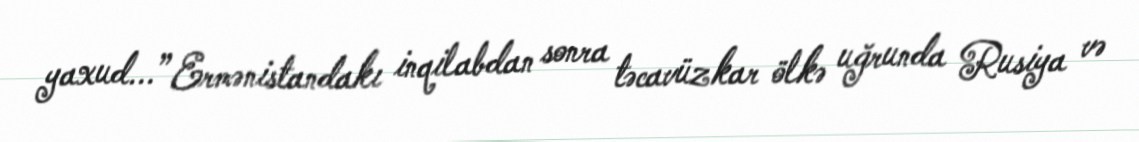
yaxud...” Ermənistandakı inqilabdan sonra təcavüzkar ölkə uğrunda Rusiya və